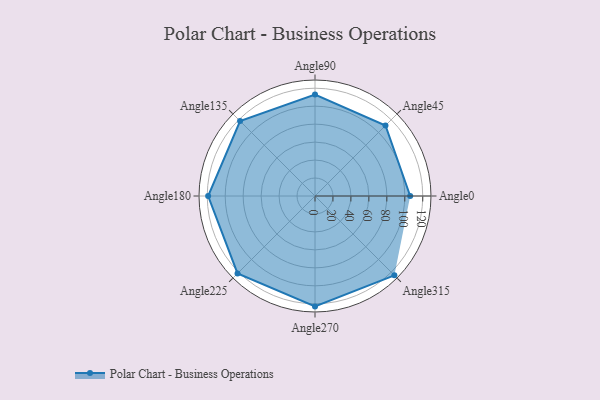
{"axis": {"x": "Angle", "y": "Radius"}, "legend": [""], "data": [{"x": "Angle0", "y": 106.0, "type": ""}, {"x": "Angle45", "y": 111.0, "type": ""}, {"x": "Angle90", "y": 113.0, "type": ""}, {"x": "Angle135", "y": 118.0, "type": ""}, {"x": "Angle180", "y": 119.0, "type": ""}, {"x": "Angle225", "y": 122.0, "type": ""}, {"x": "Angle270", "y": 123.0, "type": ""}, {"x": "Angle315", "y": 125.0, "type": ""}]}